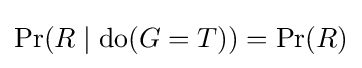
\Pr(R\mid {\text{do}}(G=T))=\Pr(R)